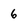
Character: 6